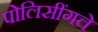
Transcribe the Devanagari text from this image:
पोलिसींगचे